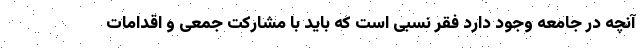
آنچه در جامعه وجود دارد فقر نسبی است که باید با مشارکت جمعی و اقدامات